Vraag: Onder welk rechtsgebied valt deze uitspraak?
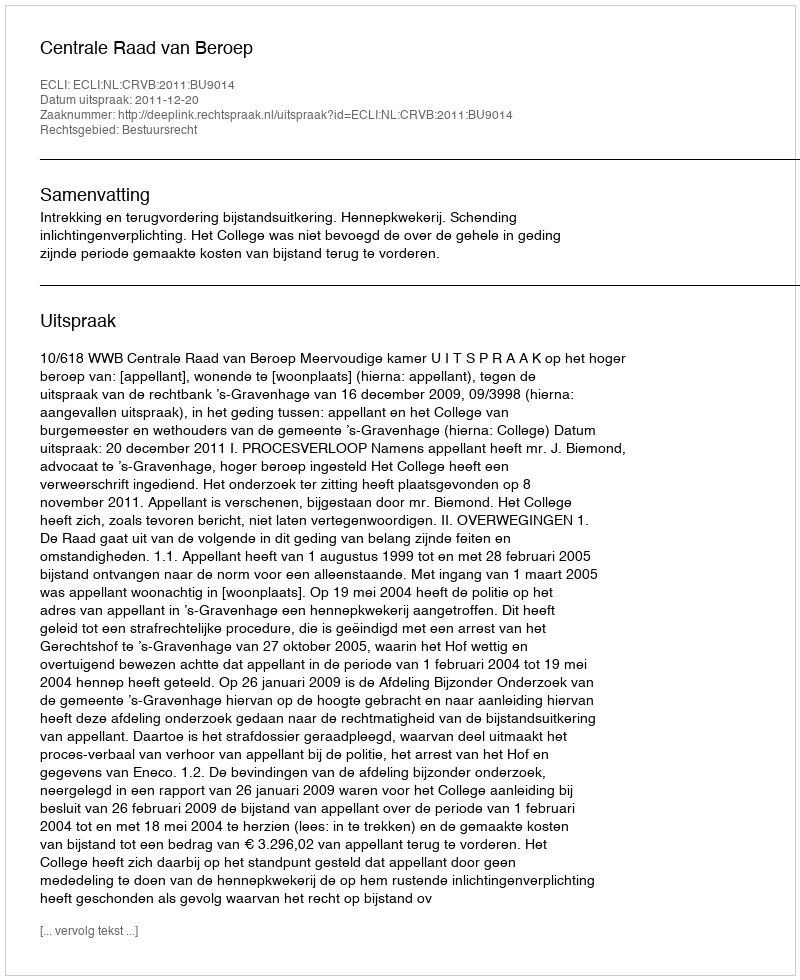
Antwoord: Bestuursrecht